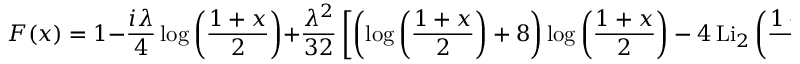
F ( x ) = 1 - \frac { i \lambda } { 4 } \log { \left( \frac { 1 + x } { 2 } \right) } + \frac { \lambda ^ { 2 } } { 3 2 } \left[ \left( \log { \left( \frac { 1 + x } { 2 } \right) } + 8 \right) \log { \left( \frac { 1 + x } { 2 } \right) } - 4 \, \mathrm { L i } _ { 2 } \left( \frac { 1 - x } { 2 } \right) \right] + O ( \lambda ^ { 3 } ) \, .